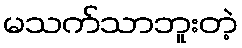
မသက်သာဘူးတဲ့